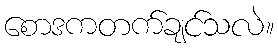
စောဒကတက်ချင်သလဲ။